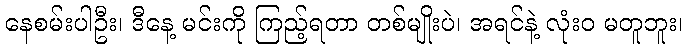
နေစမ်းပါဦး၊ ဒီနေ့ မင်းကို ကြည့်ရတာ တစ်မျိုးပဲ၊ အရင်နဲ့ လုံးဝ မတူဘူး၊